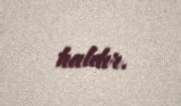
haldır.